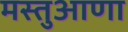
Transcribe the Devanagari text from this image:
मस्तुआणा